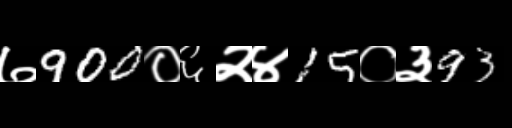
Text: ७900०६२४15०३93